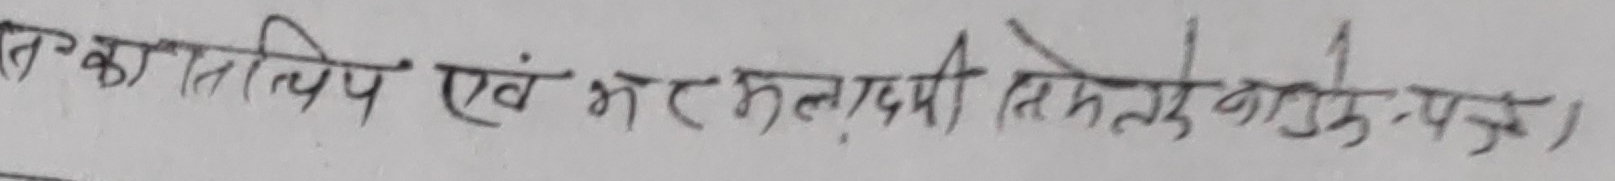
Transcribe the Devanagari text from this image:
तत्कालिय एवं भक्तलादमी (तिमले गाउंपुन्) ।